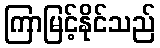
ကြာမြင့်နိုင်သည်